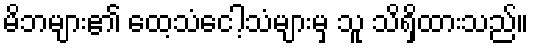
မိဘများ၏ ထေ့သံငေါ့သံများမှ သူ သိရှိထားသည်။